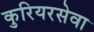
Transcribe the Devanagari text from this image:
कुरियरसेवा